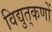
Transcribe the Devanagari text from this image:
विद्युत्‌कणों